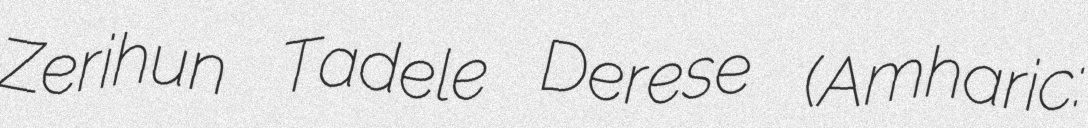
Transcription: Zerihun Tadele Derese (Amharic: